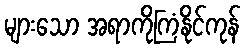
များသော အရာကိုကြံနိုင်ကုန်